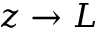
z \rightarrow L